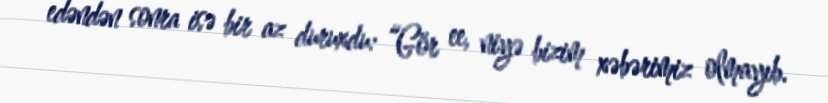
edəndən sonra isə bir az duruxdu: “Gör ee, niyə bizim xəbərimiz olmayıb.